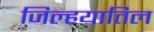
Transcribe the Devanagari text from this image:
जिल्हयातिल